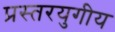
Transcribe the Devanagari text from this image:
प्रस्तरयुगीय